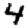
Digit: 4